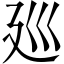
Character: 廵